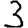
Digit: 3